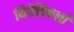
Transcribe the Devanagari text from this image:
थिल्लिकली